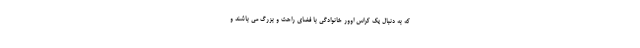
که به دنبال یک کراس اوور خانوادگی با فضای راحت و بزرگ می باشند و